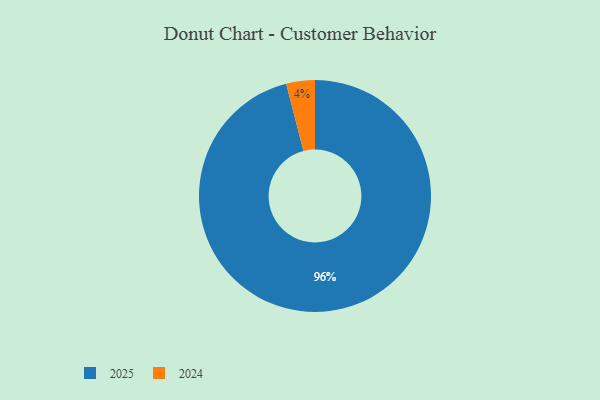
{"axis": {"x": "Category", "y": "Percentage"}, "legend": ["2024", "2025"], "data": [{"x": "2024", "y": 4, "type": "2024"}, {"x": "2025", "y": 96, "type": "2025"}]}